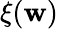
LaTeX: \xi(\mathbf{w})